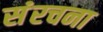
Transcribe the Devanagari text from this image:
संंरचना